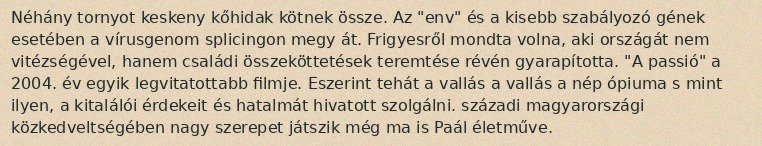
Néhány tornyot keskeny kőhidak kötnek össze. Az "env" és a kisebb szabályozó gének esetében a vírusgenom splicingon megy át. Frigyesről mondta volna, aki országát nem vitézségével, hanem családi összeköttetések teremtése révén gyarapította. "A passió" a 2004. év egyik legvitatottabb filmje. Eszerint tehát a vallás a vallás a nép ópiuma s mint ilyen, a kitalálói érdekeit és hatalmát hivatott szolgálni. századi magyarországi közkedveltségében nagy szerepet játszik még ma is Paál életműve.